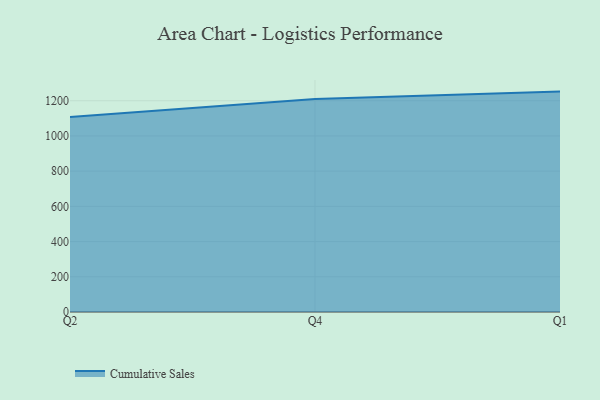
{"axis": {"x": "Quarter", "y": "Waste Production (Tons)"}, "legend": ["Cumulative Sales"], "data": [{"x": "Q2", "y": 1107.1, "type": "Cumulative Sales"}, {"x": "Q4", "y": 1209.2, "type": "Cumulative Sales"}, {"x": "Q1", "y": 1251.8, "type": "Cumulative Sales"}]}